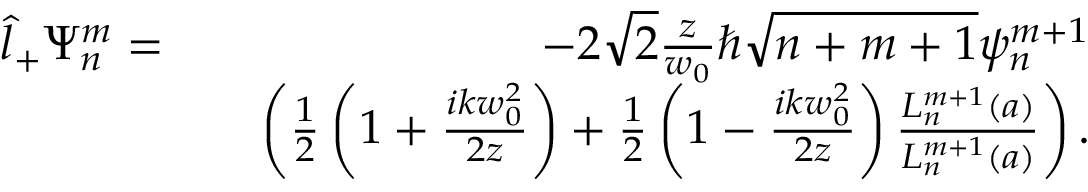
\begin{array} { r l r } { \hat { l } _ { + } \Psi _ { n } ^ { m } = } & { } & { - 2 \sqrt { 2 } \frac { z } { w _ { 0 } } \hbar \sqrt { n + m + 1 } \psi _ { n } ^ { m + 1 } } \\ & { } & { \left( \frac { 1 } { 2 } \left( 1 + \frac { i k w _ { 0 } ^ { 2 } } { 2 z } \right) + \frac { 1 } { 2 } \left( 1 - \frac { i k w _ { 0 } ^ { 2 } } { 2 z } \right) \frac { L _ { n } ^ { m + 1 } ( a ) } { L _ { n } ^ { m + 1 } ( a ) } \right) . } \end{array}